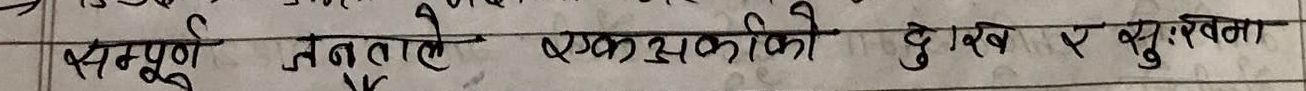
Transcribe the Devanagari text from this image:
सम्पूर्ण जनताले एकअर्काको दुःख र सुखमा